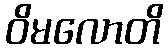
ဝိမလောတိ